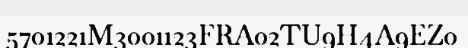
5701221M3001123FRA02TU9H4A9EZ0